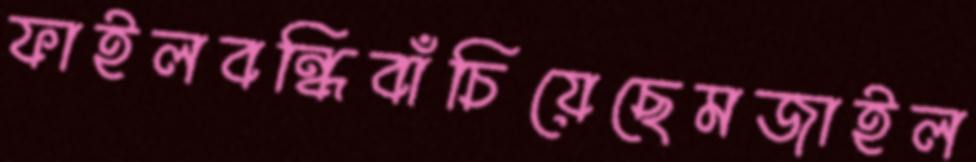
ফাইলবন্ধিবাঁচিয়েছেমজাইল